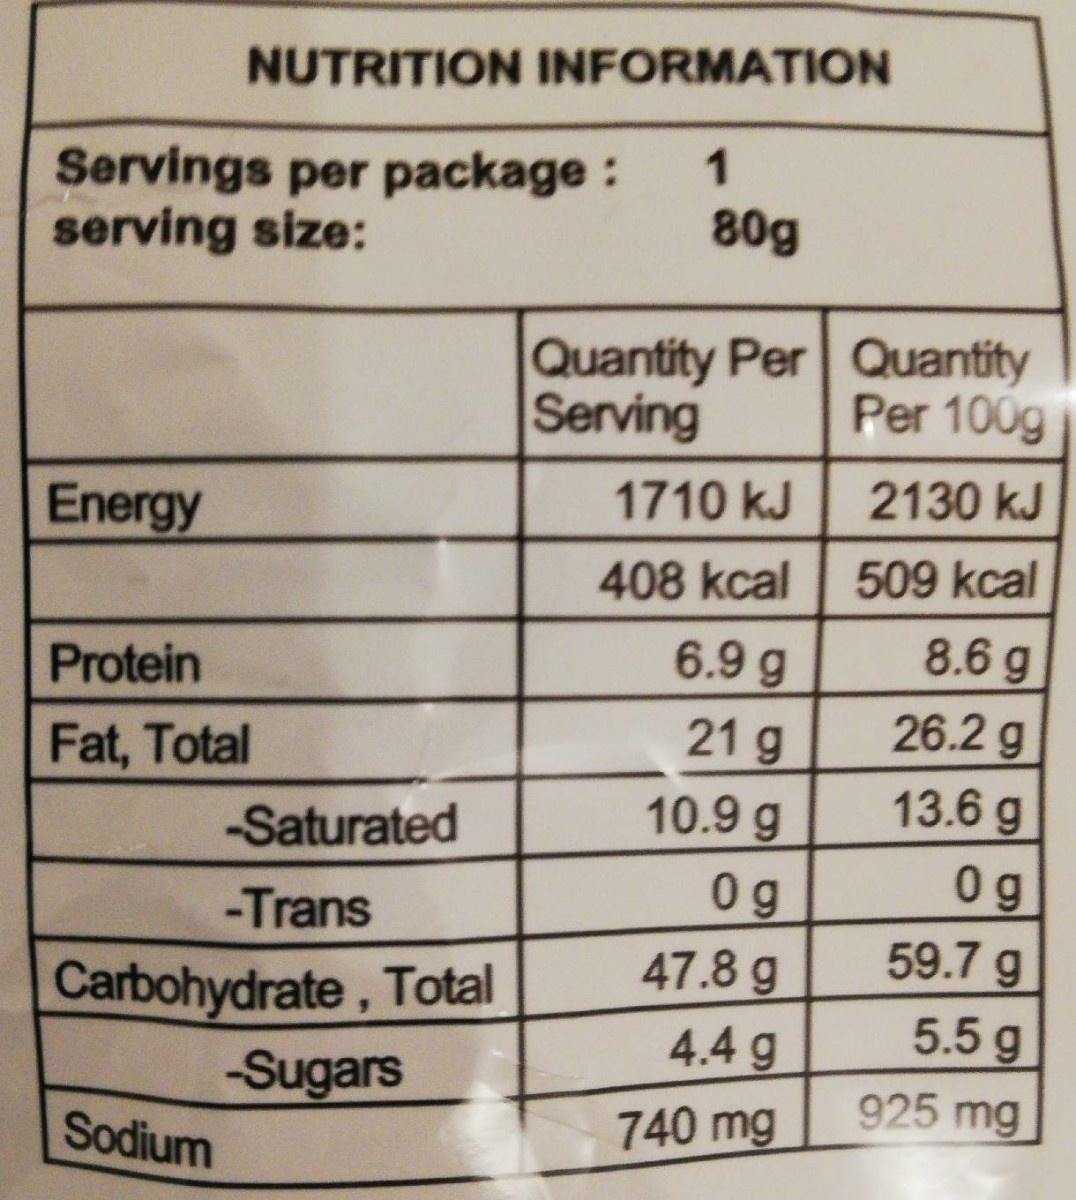
NUTRITION INFORMATION
Servings per package: serving size:
1
80g
Quantity Per Quantity Serving
Per 100g
1710 kJ
2130 kJ
Energy
408 kcal
509 kcal
Protein
6.9 g
8.6 g
26.2 g 13.6 g
21 g
Fat, Total
-Saturated
10.9 g
0 g 59.7 g 5.5 g
0 g
-Trans
47.8 g 4.4 g
Carbohydrate, Total
Sugars Sodium
925 mg
740 mg